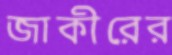
জাকীরের